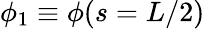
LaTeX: \phi_{1}\equiv\phi(s=L/2)